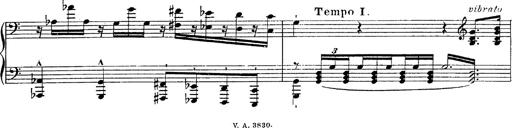
Title: Fantasie Ã¼ber Themen aus Mozarts Figaro und Don Giovanni
Composer: Franz Liszt